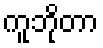
ကူဘိုတာ